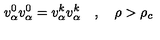
v _ { \alpha } ^ { 0 } v _ { \alpha } ^ { 0 } = v _ { \alpha } ^ { k } v _ { \alpha } ^ { k } \quad , \quad \rho > \rho _ { c } \